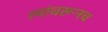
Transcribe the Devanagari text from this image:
त्यांवरूनच